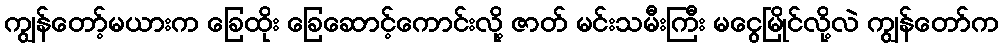
ကျွန်တော့်မယားက ခြေထိုး ခြေဆောင့်ကောင်းလို့ ဇာတ် မင်းသမီးကြီး မငွေမြိုင်လို့လဲ ကျွန်တော်က